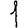
Digit: 1